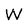
Character: W